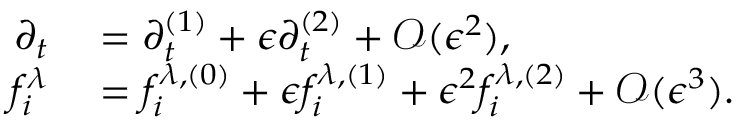
\begin{array} { r l } { \partial _ { t } } & { { } = \partial _ { t } ^ { ( 1 ) } + \epsilon \partial _ { t } ^ { ( 2 ) } + \mathcal { O } ( \epsilon ^ { 2 } ) , } \\ { f _ { i } ^ { \lambda } } & { { } = f _ { i } ^ { \lambda , ( 0 ) } + \epsilon f _ { i } ^ { \lambda , ( 1 ) } + \epsilon ^ { 2 } f _ { i } ^ { \lambda , ( 2 ) } + \mathcal { O } ( \epsilon ^ { 3 } ) . } \end{array}